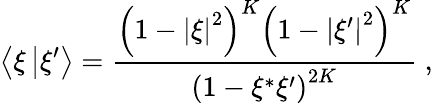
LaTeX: \left\langle{{\xi}\left\vert{\xi^{\prime}}\right\rangle}\right.={\frac{\left({1-{\vert\xi\vert}^{2}}\right)^{K}\left({1-{\vert\xi^{\prime}\vert}^{2}}\right)^{K}}{\left({1-\xi^{*}\xi^{\prime}}\right)^{2K}}}\ ,